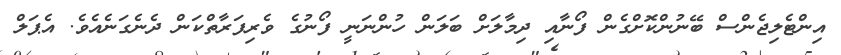
އިންޓެލިޖެންސް ބޭނުންކޮށްގެން ފޯނާއި ދިމާލަށް ބަލަން ހުންނަނީ ފޯނުގެ ވެރިފަރާތްކަން ދެނެގަނެއެވެ. އެޕަލް